Lunatic asylums Central Provinces reports 1886-1894 - 1886-1894
Year: 1886
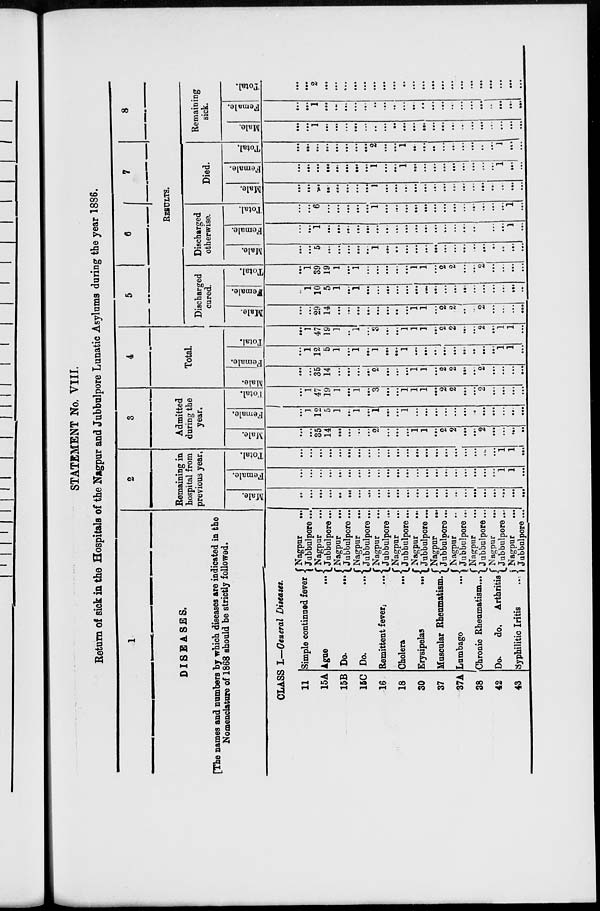
STATEMENT No. VIII.
Return of sick in the Hospitals of the Nagpur and Jubbulpore Lunatic Asylums during the year 1886.
1
DISEASES.
[The names and numbers by which diseases are indicated in the
Nomenclature of 1868 should be strictly followed.
CLASS I.—General Diseases.
11
15A
15B
15C
16
18
30
37
37A
38
42
43
Simple continued fever
Ague ...
Do. ...
Do.
...
Remittent fever. ...
Cholera ...
Erysipelas ...
Muscular Rheumatism.
Lumbago ...
Chronic Rheumatism...
Do.
do.
Arthritis
Syphilitic Iritis
...
Nagpur ...
Jubbulpore ...
Nagpur ...
Jubbulpore ...
Nagpur ...
Jubbulpore ...
Nagpur ...
Jubbulpore ...
Nagpur ...
Jubbulpore ...
Nagpur ...
Jubbulpore ...
Nagpur ...
Jubbulpore ...
Nagpur ...
Jubbulpore ...
Nagpur ...
Jubbulpore ...
Nagpur ...
Jubbulpore ...
Nagpur ...
Jubbulpore ...
Nagpur ...
Jubbulpore ...
2
Remaining in
hospital from
previous year.
Male.
...
...
...
...
....
...
...
...
...
...
...
...
...
...
...
...
...
...
...
...
...
...
...
...
Female.
...
...
...
...
...
...
...
...
...
...
...
...
...
...
...
...
...
...
...
...
...
1
1
...
Total.
...
...
...
...
...
...
...
...
...
...
...
...
...
...
...
...
...
...
...
...
...
1
1
...
3
Admitted
during the
year.
Male.
...
...
35
14
...
...
...
...
2
...
...
...
1
1
...
2
2
...
...
2
...
...
...
....
Female.
...
1
12
5
1
...
1
...
1
...
...
1
...
...
...
...
...
...
...
...
...
...
...
...
Total.
...
1
47
19
1
...
1
...
3
...
...
1
1
1
...
2
2
...
...
2
...
...
...
...
4
Total.
Male.
...
...
35
14
...
...
...
...
2
...
...
...
1
1
...
2
2
...
...
2
...
...
...
...
Female.
...
1
12
5
1
...
1
...
1
...
...
1
...
...
...
...
...
...
...
...
...
1
1
...
Total.
...
1
47
19
1
...
1
...
3
...
...
1
1
1
...
2
2
...
...
2
...
1
1
...
5
6
7
8
RESULTS.
Discharged
cured.
Male.
...
...
29
14
...
...
...
...
...
...
...
...
1
1
...
2
2
...
...
2
...
...
...
...
Female.
...
1
10
5
1
...
1
...
...
...
...
...
...
...
...
...
...
...
...
...
...
...
...
...
Total.
...
1
39
19
1
...
1
...
...
...
...
...
1
1
...
2
2
...
...
2
...
...
...
...
Discharged
otherwise.
Male.
...
...
5
...
...
...
...
...
1
...
...
...
...
...
...
...
...
...
...
...
...
....
...
...
Female.
...
...
1
...
...
...
...
...
...
...
...
...
...
...
...
...
...
...
...
...
...
...
1
...
Total.
...
...
6
...
...
...
...
...
1
...
...
...
...
...
...
...
...
...
...
...
...
...
1
...
Died.
Male.
...
...
...
...
...
...
...
...
1
...
...
...
...
...
...
...
...
...
...
...
...
...
...
...
Female.
...
...
...
...
...
...
...
...
1
...
...
1
...
...
...
...
...
...
...
...
...
1
...
...
Total.
...
...
...
...
...
...
...
...
2
...
...
1
...
...
...
...
...
...
...
...
...
1
...
...
Remaining
sick.
Male.
...
...
1
...
...
...
...
...
...
...
...
...
...
...
...
...
...
...
...
...
...
...
...
...
Female.
...
...
1
...
...
...
...
...
...
...
...
...
...
...
...
...
...
...
...
...
...
...
...
...
Total.
...
...
2
...
...
...
...
...
...
...
...
...
...
...
...
...
...
...
...
...
...
...
...
...